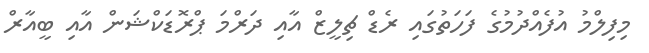
މިފިލްމު އުފެއްދުމުގެ ފަހަތުގައި ރެޑް ޗިލީޒް އާއި ދަރްމަ ޕްރޮޑަކްޝަން އާއި ބީއާރް